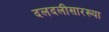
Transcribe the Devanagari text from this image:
दलदलीसारख्या